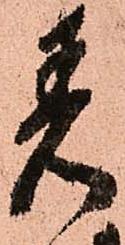
着